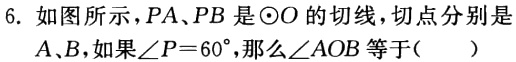
6. 如图所示，$PA、PB$是$\odot O$的切线，切点分别是$A、B$，如果$\angle P = 60^{\circ}$，那么$\angle AOB$等于(  )